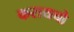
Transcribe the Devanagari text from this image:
करायचो